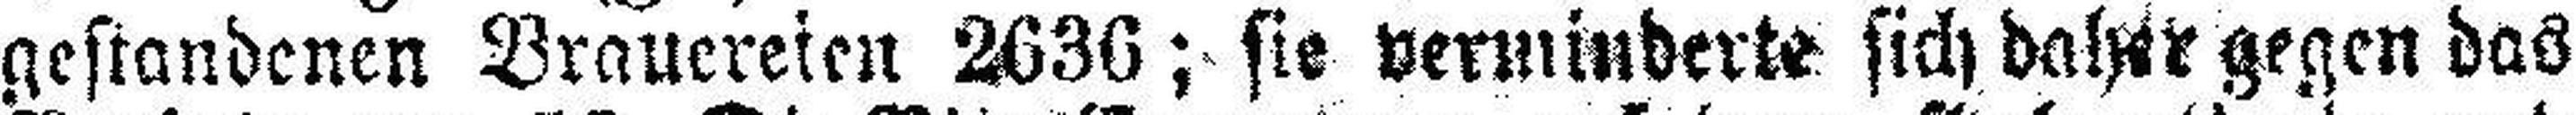
gestandenen Brauereien 2636; sie verminderte sich daher gegen das